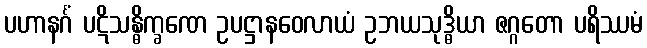
ပဟာနင်္ဂံ ပဋိသန္ဓိက္ခဏေ ဥပဋ္ဌာနဝေလာယံ ဥဘယသုဒ္ဓိယာ ဇဂ္ဂတော ပရိဿမံ